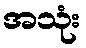
အသုံး